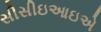
સીસીઇઆઇએ